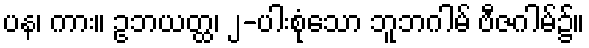
ပန၊ ကား။ ဥဘယတ္ထ၊ ၂-ပါးစုံသော ဘူဘဂါမ် ဗီဇဂါမ်၌။